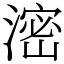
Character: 滵